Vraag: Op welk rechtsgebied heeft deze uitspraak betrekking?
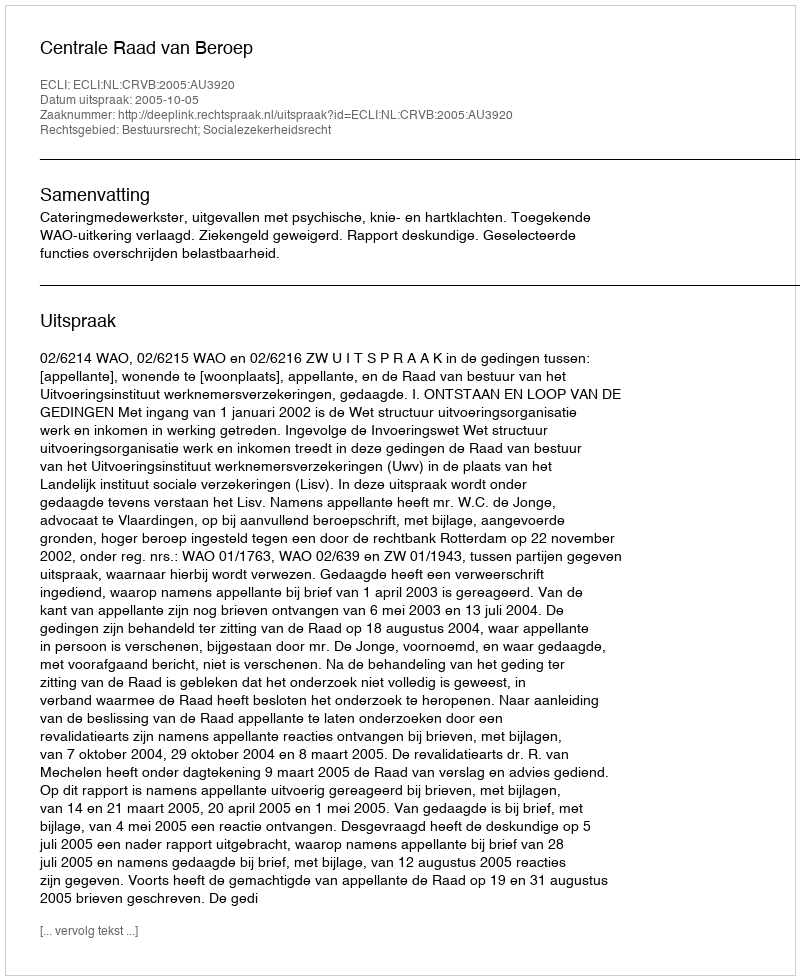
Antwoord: Bestuursrecht; Socialezekerheidsrecht